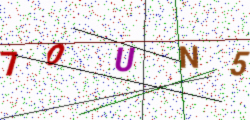
Text: 7OUN5